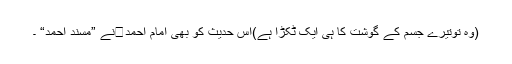
(وہ توتیرے جسم کے گوشت کا ہی ایک ٹکڑا ہے)اس حدیث کو بھی امام احمدنے ”مسند احمد“ ۔